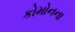
કોમોનના